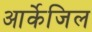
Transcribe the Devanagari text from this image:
आर्केजिल